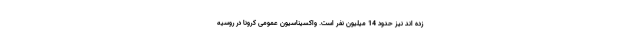
زده اند نیز حدود 14 میلیون نفر است. واکسیناسیون عمومی کرونا در روسیه